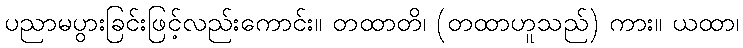
ပညာမပွားခြင်းဖြင့်လည်းကောင်း။ တထာတိ၊ (တထာဟူသည်) ကား။ ယထာ၊